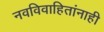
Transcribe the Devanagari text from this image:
नवविवाहितांनाही